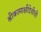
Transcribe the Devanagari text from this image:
श्रीकामाक्षीदेचीची